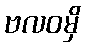
ဗလဝမှိ